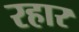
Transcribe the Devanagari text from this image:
रहार